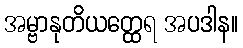
အမ္ဗာနုတိယတ္ထေရ အပဒါန။